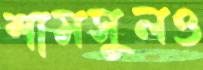
শামসুলও